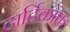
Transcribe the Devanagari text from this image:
टार्टिकोफ